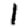
Digit: 1